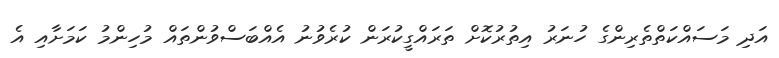
އަދި މަސައްކަތްތެރިންގެ ހުނަރު އިތުރުކޮށް ތަރައްގީކުރަން ކުރެވުނު އެއްބަސްވުންތައް މުހިންމު ކަމަށާއި އެ